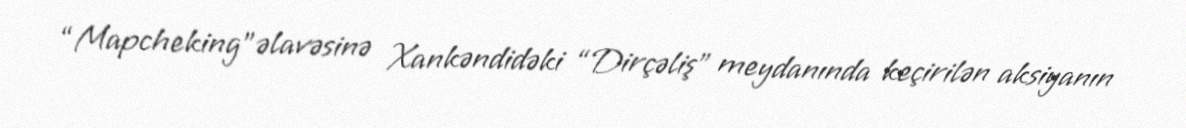
“Mapcheking”əlavəsinə Xankəndidəki “Dirçəliş” meydanında keçirilən aksiyanın